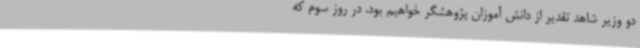
دو وزیر شاهد تقدیر از دانش آموزان پژوهشگر خواهیم بود. در روز سوم که